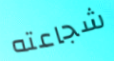
شجاعته